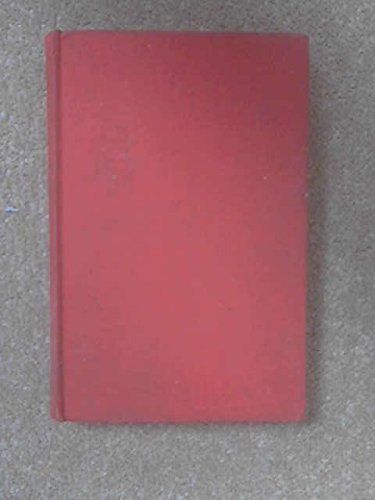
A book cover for The coloured countries,; Alec Waugh; Travel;